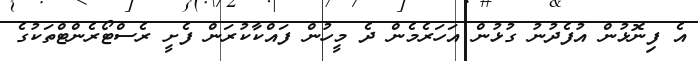
އެ ފިނޮޅުން އުފެދުނު ގުޅުން އަހަރެމެން ދެ މީހުން ފައްކާކުރަން ފެށީ ރެސްޓޯރެންޓްތަކުގެ